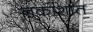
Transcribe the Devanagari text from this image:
नकाशांत